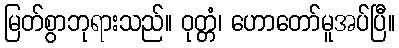
မြတ်စွာဘုရားသည်။ ဝုတ္တံ၊ ဟောတော်မူအပ်ပြီ။